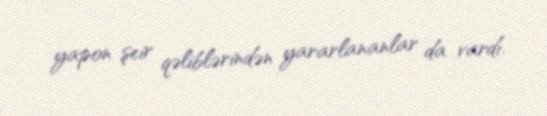
yapon şeir qəliblərindən yararlananlar da vardı.